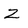
Character: Z